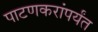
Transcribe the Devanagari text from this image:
पाटणकरांपर्यंत